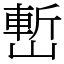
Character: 㟻